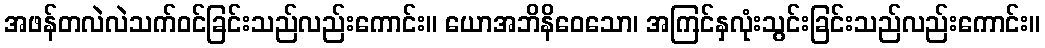
အဖန်တလဲလဲသက်ဝင်ခြင်းသည်လည်းကောင်း။ ယောအဘိနိဝေသော၊ အကြင်နှလုံးသွင်းခြင်းသည်လည်းကောင်း။